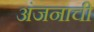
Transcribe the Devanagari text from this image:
अंजनाची